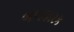
બળકારક